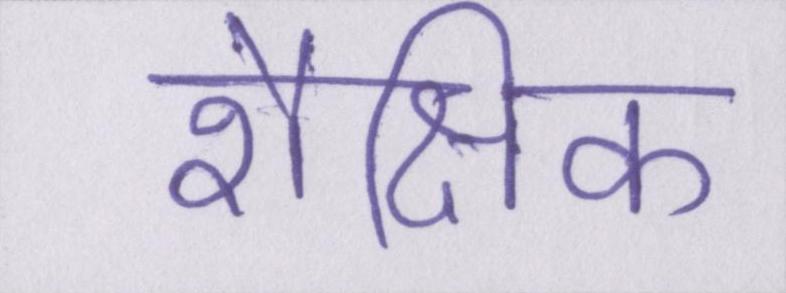
शैक्षिक